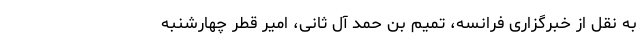
به نقل از خبرگزاری فرانسه، تمیم بن حمد آل ثانی، امیر قطر چهارشنبه